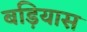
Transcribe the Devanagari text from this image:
बड़ियास